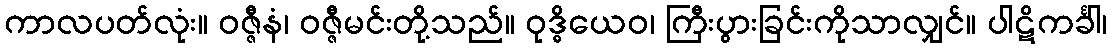
ကာလပတ်လုံး။ ဝဇ္ဇီနံ၊ ဝဇ္ဇီမင်းတို့သည်။ ဝုဒ္ဓိယေဝ၊ ကြီးပွားခြင်းကိုသာလျှင်။ ပါဋိကင်္ခါ၊